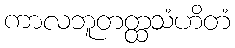
ကာလဘူတတ္ထသံဟိတံ